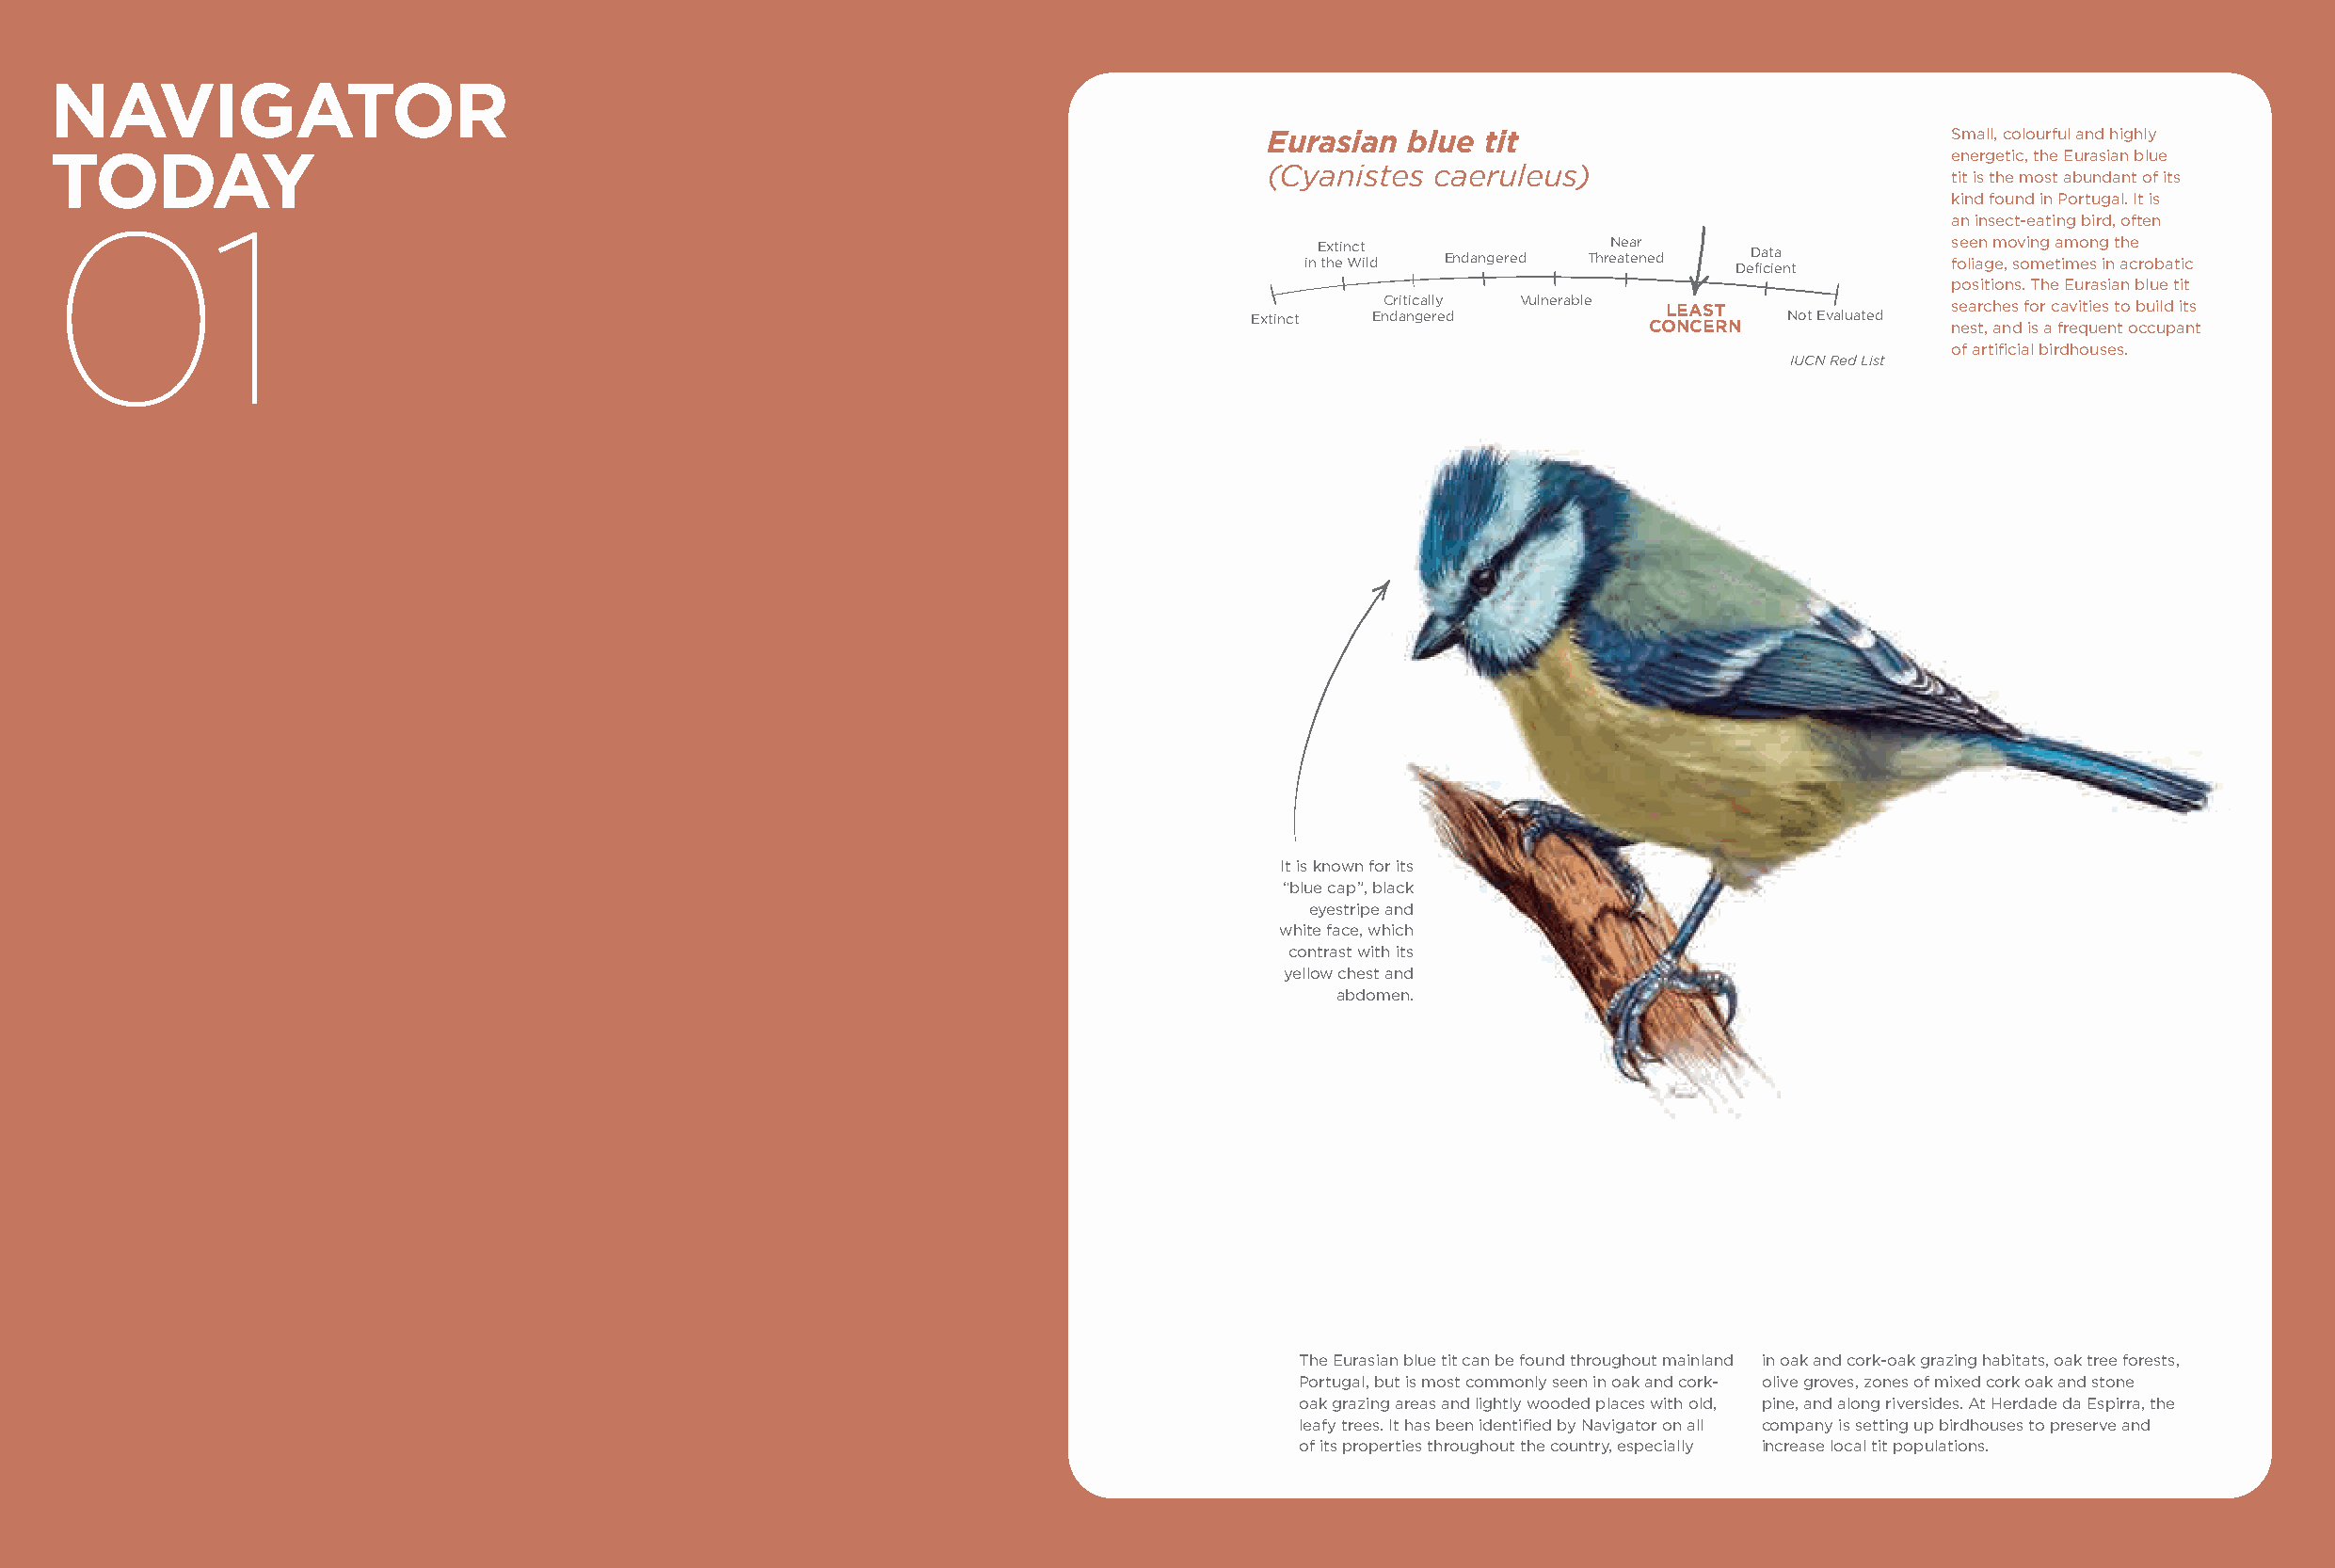
NAVIGATOR
 Eurasian  blue tit                              Small, colourful and highly
 TODAY                                                                                                                                energetic, the Eurasian blue
 (Cyanistes  caeruleus)
 tit is the most abundant of its
 kind found in Portugal. It is
 01                                                                                                                                   an insect-eating bird, often
 in E thxt ei n Wct i ld Endangered ThreN ae ta er n ed DeD fia ct ia e nt s foe le ian g m e,o sv oin mg e ta im mo en s g in t h ace r obatic
 positions. The Eurasian blue tit
 Critically Vulnerable LEAST             searches for cavities to build its
 Extinct Endangered          CONCERN   Not Evaluated nest, and is a frequent occupant
 of artificial birdhouses.
 IUCN Red List
 It is known for its
 “blue cap”, black
 eyestripe and
 white face, which
 contrast with its
 yellow chest and
 abdomen.
 The Eurasian blue tit can be found throughout mainland in oak and cork-oak grazing habitats, oak tree forests,
 Portugal, but is most commonly seen in oak and cork- olive groves, zones of mixed cork oak and stone
 oak grazing areas and lightly wooded places with old, pine, and along riversides. At Herdade da Espirra, the
 leafy trees. It has been identified by Navigator on all company is setting up birdhouses to preserve and
 of its properties throughout the country, especially increase local tit populations.